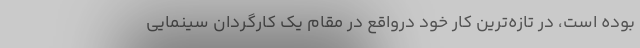
بوده است، در تازه‌ترین کار خود درواقع در مقام یک کارگردان سینمایی